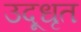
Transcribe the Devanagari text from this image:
उदूधृत